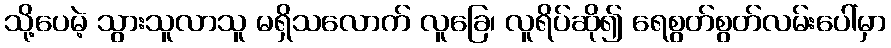
သို့ပေမဲ့ သွားသူလာသူ မရှိသလောက် လူခြေ၊ လူရိပ်ဆို၍ ရေစွတ်စွတ်လမ်းပေါ်မှာ